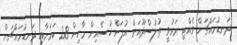
ދަނޑުމައްޗަށް ވެއްޓި މަރުވީ ތުލުސްދޫއަށް އުފަން ހުސެއިން މާހިން 28 ކަމަށާއި ދަނޑުމައްޗަށް